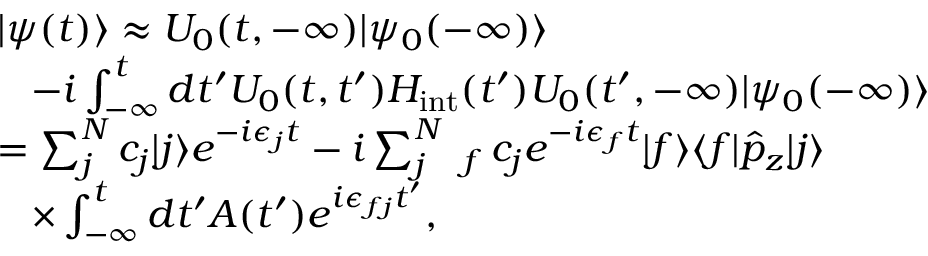
\begin{array} { r l } & { | \psi ( t ) \rangle \approx U _ { 0 } ( t , - \infty ) | \psi _ { 0 } ( - \infty ) \rangle } \\ & { \, \, \, \, \, - i \int _ { - \infty } ^ { t } d t ^ { \prime } U _ { 0 } ( t , t ^ { \prime } ) H _ { \mathrm { i n t } } ( t ^ { \prime } ) U _ { 0 } ( t ^ { \prime } , - \infty ) | \psi _ { 0 } ( - \infty ) \rangle } \\ & { = \sum _ { j } ^ { N } c _ { j } | j \rangle e ^ { - i \epsilon _ { j } t } - i \sum _ { j } ^ { N } \sumint _ { f } c _ { j } e ^ { - i \epsilon _ { f } t } | f \rangle \langle f | \hat { p } _ { z } | j \rangle } \\ & { \, \, \, \, \, \times \int _ { - \infty } ^ { t } d t ^ { \prime } A ( t ^ { \prime } ) e ^ { i \epsilon _ { f j } t ^ { \prime } } , } \end{array}